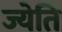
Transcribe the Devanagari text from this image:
ज्येति